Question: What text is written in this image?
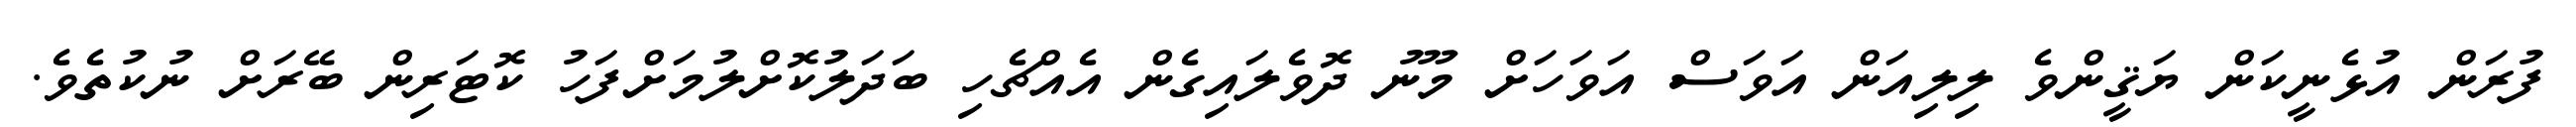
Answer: ފުރަން އުޅެނީކަން ޔަޤީންވެ ލިލިއަން އަވަސް އަވަހަށް މޫނު ދޮވެލައިގެން އެއްޗެހި ބަދަލުކޮށްލުމަށްފަހު ކޮޓަރިން ބޭރަށް ނުކުތެވެ.